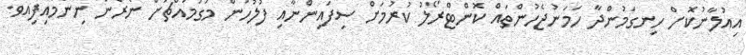
އިއުލާނުކޮށް ހިނގަމުންދާ ހަމަނުޖެހުންތައް ކޮންޓްރޯލު ކުރުމަށް ސިފައިންނާާއި ފުލުހުން މަގުމައްޗަށް ނެރެން ނިންމައިފިއެވެ.